Insane asylums Bombay 1873-77 - 1873-1877
Year: 1873
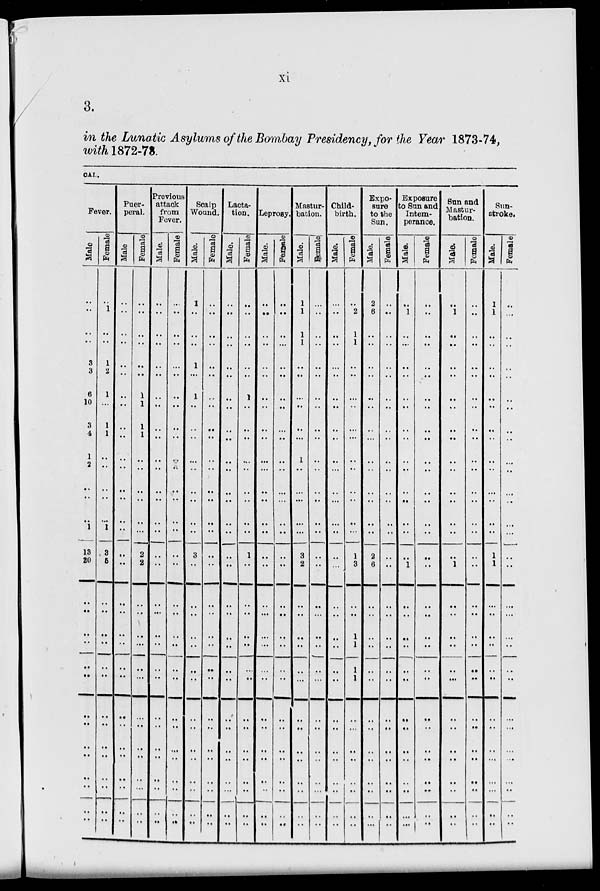
xi
3.
in the Lunatic Asylums of the Bombay Presidency, for the Year 1873-74,
with 1872-73.
CAL.
Fever.
Male
..
..
..
..
3
3
6
10
3
4
1
2
..
..
..
1
13
20
..
..
..
..
..
..
..
..
..
..
..
..
..
..
Female
..
1
..
..
1
2
1
...
1
1
..
..
..
..
..
1
3
5
..
..
..
..
..
..
..
..
..
..
..
..
..
..
Puer-
peral.
Male
..
..
..
..
..
..
..
..
..
..
..
..
..
..
..
..
..
..
..
..
..
..
..
..
..
..
..
..
..
..
..
..
Female
..
..
..
..
..
..
1
1
1
1
..
..
..
..
..
..
2
2
..
..
..
..
..
..
..
..
..
..
..
..
..
..
Previous
attack
from
Fever.
Male.
..
..
..
..
..
..
..
..
..
..
..
..
..
..
..
..
..
..
..
..
..
..
..
..
..
..
..
..
..
..
..
..
Female
..
..
..
..
..
..
..
..
..
..
..
..
..
..
..
..
..
..
..
..
..
..
..
..
..
..
..
..
..
..
..
..
Scalp
Wound.
Male.
1
..
..
..
1
..
1
..
..
..
..
..
..
..
..
..
3
..
..
..
..
..
..
..
..
..
..
..
..
..
..
..
Female
..
..
..
..
..
..
..
..
..
..
..
..
..
..
..
..
..
..
..
..
..
..
..
..
..
..
..
..
..
..
..
..
Lacta-
tion.
Male.
..
..
..
..
..
..
..
..
..
..
..
..
..
..
..
..
..
..
..
..
..
..
..
..
..
..
..
..
..
..
..
..
Female
..
..
..
..
..
..
1
..
..
..
..
..
..
..
..
..
1
..
..
..
..
..
..
..
..
..
..
..
..
..
..
..
Leprosy.
Male.
..
..
..
..
..
..
..
..
..
..
..
..
..
..
..
..
..
..
..
..
..
..
..
..
..
..
..
..
..
..
..
..
Female.
..
..
..
..
..
..
..
..
..
..
..
..
..
..
..
..
..
..
..
..
..
..
..
..
..
..
..
..
..
..
..
..
Mastur-
bation.
Male.
1
1
1
1
..
..
..
..
..
..
1
..
..
..
..
..
3
2
..
..
..
..
..
..
..
..
..
..
..
..
..
..
Female.
..
..
..
..
..
..
..
..
..
..
..
..
..
..
..
..
..
..
..
..
..
..
..
..
..
..
..
..
..
..
..
..
Child-
birth.
Male.
..
..
..
..
..
..
..
..
..
..
..
..
..
..
..
..
..
..
..
..
..
..
..
..
..
..
..
..
..
..
..
..
Female
..
2
1
1
..
..
..
..
..
..
..
..
..
..
..
..
1
3
..
..
1
1
1
1
..
..
..
..
..
..
..
..
Expo-
sure
to the
Sun.
Male.
2
6
..
..
..
..
..
..
..
..
..
..
..
..
..
..
2
6
..
..
..
..
..
..
..
..
..
..
..
..
..
..
Female.
..
..
..
..
..
..
..
..
..
..
..
..
..
..
..
..
..
..
..
..
..
..
..
..
..
..
..
..
..
..
..
..
Exposure
to Sun and
Intem-
perance.
Male.
..
1
..
..
..
..
..
..
..
..
..
..
..
..
..
..
..
1
..
..
..
..
..
..
..
..
..
..
..
..
..
..
Female.
..
..
..
..
..
..
..
..
..
..
..
..
..
..
..
..
..
..
..
..
..
..
..
..
..
..
..
..
..
..
..
..
Sun and
Mastur-
bation.
Male.
..
1
..
..
..
..
..
..
..
..
..
..
..
..
..
..
..
1
..
..
..
..
..
..
..
..
..
..
..
..
..
..
Female.
..
..
..
..
..
..
..
..
..
..
..
..
..
..
..
..
..
..
..
..
..
..
..
..
..
..
..
..
..
..
..
..
Sun-
stroke.
Male.
1
1
..
..
..
..
..
..
..
..
..
..
...
..
..
..
1
1
..
..
..
..
..
..
..
..
..
..
..
..
..
..
Female.
..
...
..
..
..
..
..
..
..
..
..
..
..
..
..
...
..
..
..
...
...
...
..
..
..
...
...
..
...
..
..
..